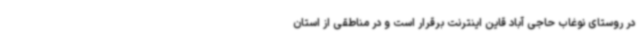
در روستای نوغاب حاجی آباد قاین اینترنت برقرار است و در مناطقی از استان